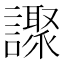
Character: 𧭍